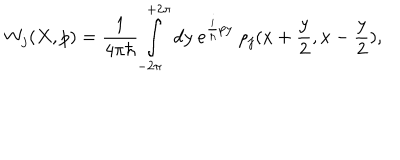
W _ { j } ( X , p ) = \frac { 1 } { 4 \pi \hbar } \int _ { - 2 \pi } ^ { + 2 \pi } d y ~ e ^ { { \frac { i } { \hbar } } p y } ~ \rho _ { j } ( x + { \frac { y } { 2 } } , x - { \frac { y } { 2 } } ) ,